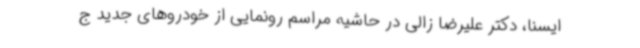
ایسنا، دکتر علیرضا زالی در حاشیه مراسم رونمایی از خودروهای جدید ج